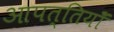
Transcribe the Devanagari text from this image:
आपत्तियॉँ